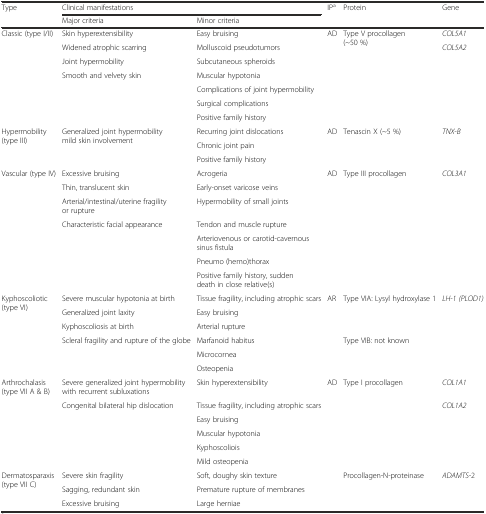
<table><thead><tr><td rowspan="2"><b>Type</b></td><td colspan="2"><b>Clinical manifestations</b></td><td><b>IP<sup>a</sup></b></td><td><b>Protein</b></td><td><b>Gene</b></td></tr><tr><td><b>Major criteria</b></td><td><b>Minor criteria</b></td><td></td><td></td><td></td></tr></thead><tbody><tr><td rowspan="7">Classic (type I/II)</td><td>Skin hyperextensibility</td><td>Easy bruising</td><td rowspan="7">AD</td><td rowspan="7">Type V procollagen (~50 %)</td><td><i>COL5A1</i></td></tr><tr><td>Widened atrophic scarring</td><td>Molluscoid pseudotumors</td><td rowspan="6"><i>COL5A2</i></td></tr><tr><td>Joint hypermobility</td><td>Subcutaneous spheroids</td></tr><tr><td rowspan="4">Smooth and velvety skin</td><td>Muscular hypotonia</td></tr><tr><td>Complications of joint hypermobility</td></tr><tr><td>Surgical complications</td></tr><tr><td>Positive family history</td></tr><tr><td rowspan="3">Hypermobility (type III)</td><td rowspan="3">Generalized joint hypermobility mild skin involvement</td><td>Recurring joint dislocations</td><td rowspan="3">AD</td><td rowspan="3">Tenascin X (~5 %)</td><td rowspan="3"><i>TNX-B</i></td></tr><tr><td>Chronic joint pain</td></tr><tr><td>Positive family history</td></tr><tr><td rowspan="7">Vascular (type IV)</td><td>Excessive bruising</td><td>Acrogeria</td><td rowspan="7">AD</td><td rowspan="7">Type III procollagen</td><td rowspan="7"><i>COL3A1</i></td></tr><tr><td>Thin, translucent skin</td><td>Early-onset varicose veins</td></tr><tr><td>Arterial/intestinal/uterine fragility or rupture</td><td>Hypermobility of small joints</td></tr><tr><td rowspan="4">Characteristic facial appearance</td><td>Tendon and muscle rupture</td></tr><tr><td>Arteriovenous or carotid-cavernous sinus fistula</td></tr><tr><td>Pneumo (hemo)thorax</td></tr><tr><td>Positive family history, sudden death in close relative(s)</td></tr><tr><td rowspan="6">Kyphoscoliotic (type VI)</td><td>Severe muscular hypotonia at birth</td><td>Tissue fragility, including atrophic scars</td><td rowspan="6">AR</td><td rowspan="3">Type VIA: Lysyl hydroxylase 1</td><td rowspan="6"><i>LH-1 (PLOD1)</i></td></tr><tr><td>Generalized joint laxity</td><td>Easy bruising</td></tr><tr><td>Kyphoscoliosis at birth</td><td>Arterial rupture</td></tr><tr><td rowspan="3">Scleral fragility and rupture of the globe</td><td>Marfanoid habitus</td><td rowspan="3">Type VIB: not known</td></tr><tr><td>Microcornea</td></tr><tr><td>Osteopenia</td></tr><tr><td rowspan="6">Arthrochalasis (type VII A &amp; B)</td><td>Severe generalized joint hypermobility with recurrent subluxations</td><td>Skin hyperextensibility</td><td rowspan="6">AD</td><td rowspan="6">Type I procollagen</td><td><i>COL1A1</i></td></tr><tr><td rowspan="5">Congenital bilateral hip dislocation</td><td>Tissue fragility, including atrophic scars</td><td rowspan="5"><i>COL1A2</i></td></tr><tr><td>Easy bruising</td></tr><tr><td>Muscular hypotonia</td></tr><tr><td>Kyphoscoliois</td></tr><tr><td>Mild osteopenia</td></tr><tr><td rowspan="3">Dermatosparaxis (type VII C)</td><td>Severe skin fragility</td><td>Soft, doughy skin texture</td><td rowspan="3"></td><td rowspan="3">Procollagen-N-proteinase</td><td rowspan="3"><i>ADAMTS-</i>2</td></tr><tr><td>Sagging, redundant skin</td><td>Premature rupture of membranes</td></tr><tr><td>Excessive bruising</td><td>Large herniae</td></tr></tbody></table>